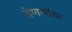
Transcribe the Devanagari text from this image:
देणग्यांवर